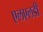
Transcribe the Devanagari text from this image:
एलएलडी